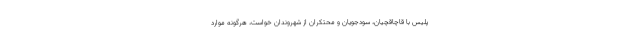
پلیس با قاچاقچیان، سودجویان و محتکران از شهروندان خواست، هرگونه موارد